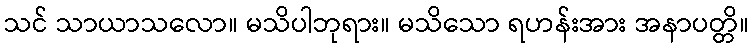
သင် သာယာသလော။ မသိပါဘုရား။ မသိသော ရဟန်းအား အနာပတ္တိ။